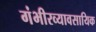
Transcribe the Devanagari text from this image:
गंभीरव्यावसायिक